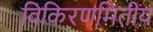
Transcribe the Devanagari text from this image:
विकिरणमितीय